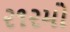
૨૧૨મો